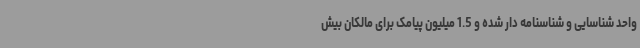
واحد شناسایی و شناسنامه دار شده و 1.5 میلیون پیامک برای مالکان بیش